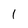
Character: 1